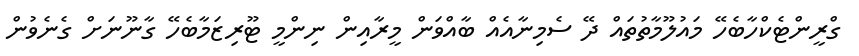
ގްރީންޓެކްހާބެހޭ މައުލޫމާތުތައް ދޭ ސެމިނާއެއް ބާއްވަން މީރާއިން ނިންމީ ޓޫރިޒަމާބެހޭ ގާނޫނަށް ގެނެވުން